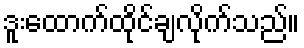
ဒူးထောက်ထိုင်ချလိုက်သည်။